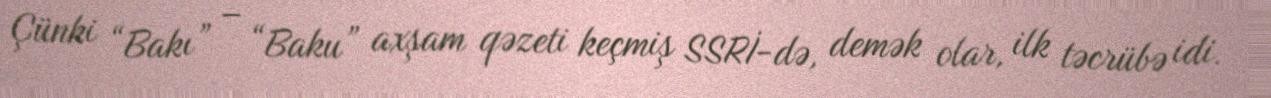
Çünki “Bakı” – “Baku” axşam qəzeti keçmiş SSRİ-də, demək olar, ilk təcrübə idi.